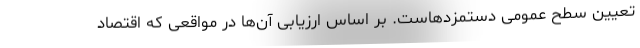
تعیین سطح عمومی دستمزدهاست. بر اساس ارزیابی آن‌ها در مواقعی که اقتصاد